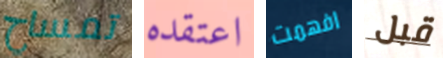
تمساح اعتقده افهمت قبل